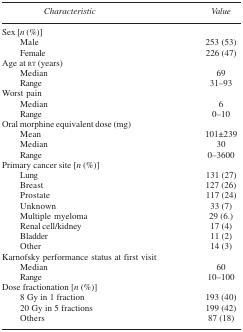
<table><thead><tr><td><b>Characteristic</b></td><td><b>Value</b></td></tr></thead><tbody><tr><td colspan="2">Sex [<i>n</i> (%)]</td></tr><tr><td> Male</td><td>253 (53)</td></tr><tr><td> Female</td><td>226 (47)</td></tr><tr><td colspan="2">Age at RT (years)</td></tr><tr><td> Median</td><td>69</td></tr><tr><td> Range</td><td>31–93</td></tr><tr><td colspan="2">Worst pain</td></tr><tr><td> Median</td><td>6</td></tr><tr><td> Range</td><td>0–10</td></tr><tr><td colspan="2">Oral morphine equivalent dose (mg)</td></tr><tr><td> Mean</td><td>101±239</td></tr><tr><td> Median</td><td>30</td></tr><tr><td> Range</td><td>0–3600</td></tr><tr><td colspan="2">Primary cancer site [<i>n</i> (%)]</td></tr><tr><td> Lung</td><td>131 (27)</td></tr><tr><td> Breast</td><td>127 (26)</td></tr><tr><td> Prostate</td><td>117 (24)</td></tr><tr><td> Unknown</td><td>33 (7)</td></tr><tr><td> Multiple myeloma</td><td>29 (6.)</td></tr><tr><td> Renal cell/kidney</td><td>17 (4)</td></tr><tr><td> Bladder</td><td>11 (2)</td></tr><tr><td> Other</td><td>14 (3)</td></tr><tr><td colspan="2">Karnofsky performance status at first visit</td></tr><tr><td> Median</td><td>60</td></tr><tr><td> Range</td><td>10–100</td></tr><tr><td colspan="2">Dose fractionation [<i>n</i> (%)]</td></tr><tr><td> 8 Gy in 1 fraction</td><td>193 (40)</td></tr><tr><td> 20 Gy in 5 fractions</td><td>199 (42)</td></tr><tr><td> Others</td><td>87 (18)</td></tr></tbody></table>